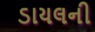
ડાયલની